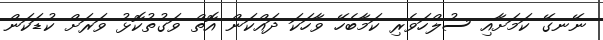
ނޭނގޭ ކަމަށާއި ސުލްހަވެރި ކަމާބެހޭ ވާހަކަ ދައްކަން އޮތް ވަގުތުކޮޅު ވަރަށް ކުޑަކަން